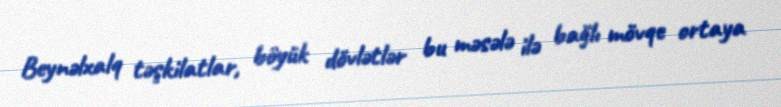
Beynəlxalq təşkilatlar, böyük dövlətlər bu məsələ ilə bağlı mövqe ortaya